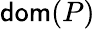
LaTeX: \mathsf{dom}(P)